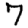
Digit: 7